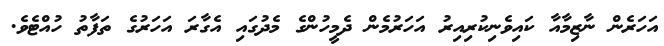
އަހަރެން ނާޒިމާއާ ކައިވެނިކުރިއިރު އަހަރުމެން ދެމީހުންގެ މެދުގައި އެގާރަ އަހަރުގެ ތަފާތު ހުއްޓެވެ.